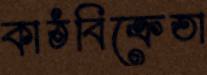
কাঠবিক্রেতা